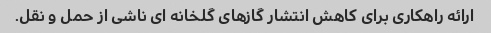
ارائه راهکاری برای کاهش انتشار گازهای گلخانه ای ناشی از حمل و نقل.